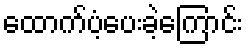
ထောက်ပံ့ပေးခဲ့ကြောင်း